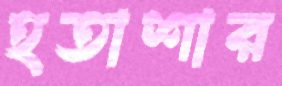
হতাশার